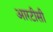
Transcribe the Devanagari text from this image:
आरटीसी